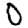
Digit: 0